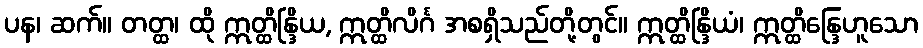
ပန၊ ဆက်။ တတ္ထ၊ ထို ဣတ္ထိန္ဒြိယ, ဣတ္ထိလိင်္ဂ အစရှိသည်တို့တွင်။ ဣတ္ထိန္ဒြိယံ၊ ဣတ္ထိန္ဒြေဟူသော